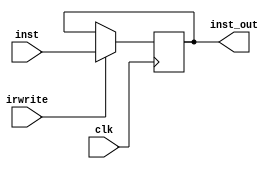
`timescale 1ns / 1ps
//////////////////////////////////////////////////////////////////////////////////
// Company: 
// Engineer: 
// 
// Design Name: 
// Module Name: IR
// Project Name: 
// Target Devices: 
// Tool Versions: 
// Description: 
// 
// Dependencies: 
// 
// Revision:
// Revision 0.01 - File Created
// Additional Comments:
// 
//////////////////////////////////////////////////////////////////////////////////


module IR(
    input clk, irwrite,
    input [31:0] inst,
    output reg [31:0] inst_out
    );
    
    //reg [31:0] InsReg;
    initial begin
    inst_out <= 0;
    end
    // 
    always @(posedge clk) begin
        if (irwrite) begin
            inst_out <= inst;
        end
    end

endmodule